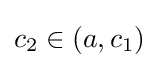
c_{2}\in (a,c_{1})